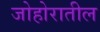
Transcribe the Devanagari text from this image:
जोहोरातील